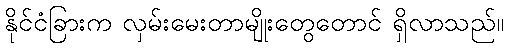
နိုင်ငံခြားက လှမ်းမေးတာမျိုးတွေတောင် ရှိလာသည်။